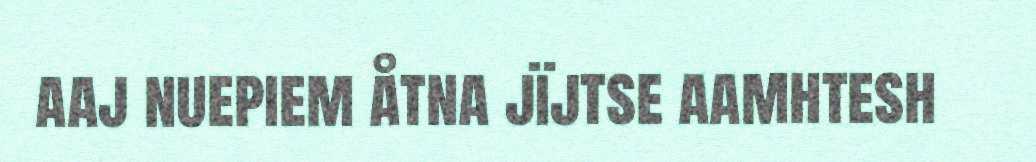
aaj nuepiem åtna jïjtse aamhtesh